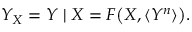
Y _ { X } = Y \mid X = F \big ( X , \langle Y ^ { n } \rangle \big ) .